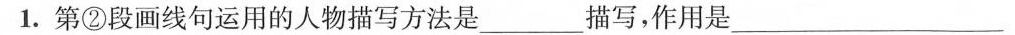
1.第②段画线句运用的人物描写方法是__描写，作用是_________